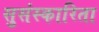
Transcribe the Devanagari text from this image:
सुसंस्कारिता